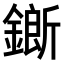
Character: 𨬅